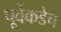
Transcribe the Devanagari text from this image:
पूर्वेकडेच